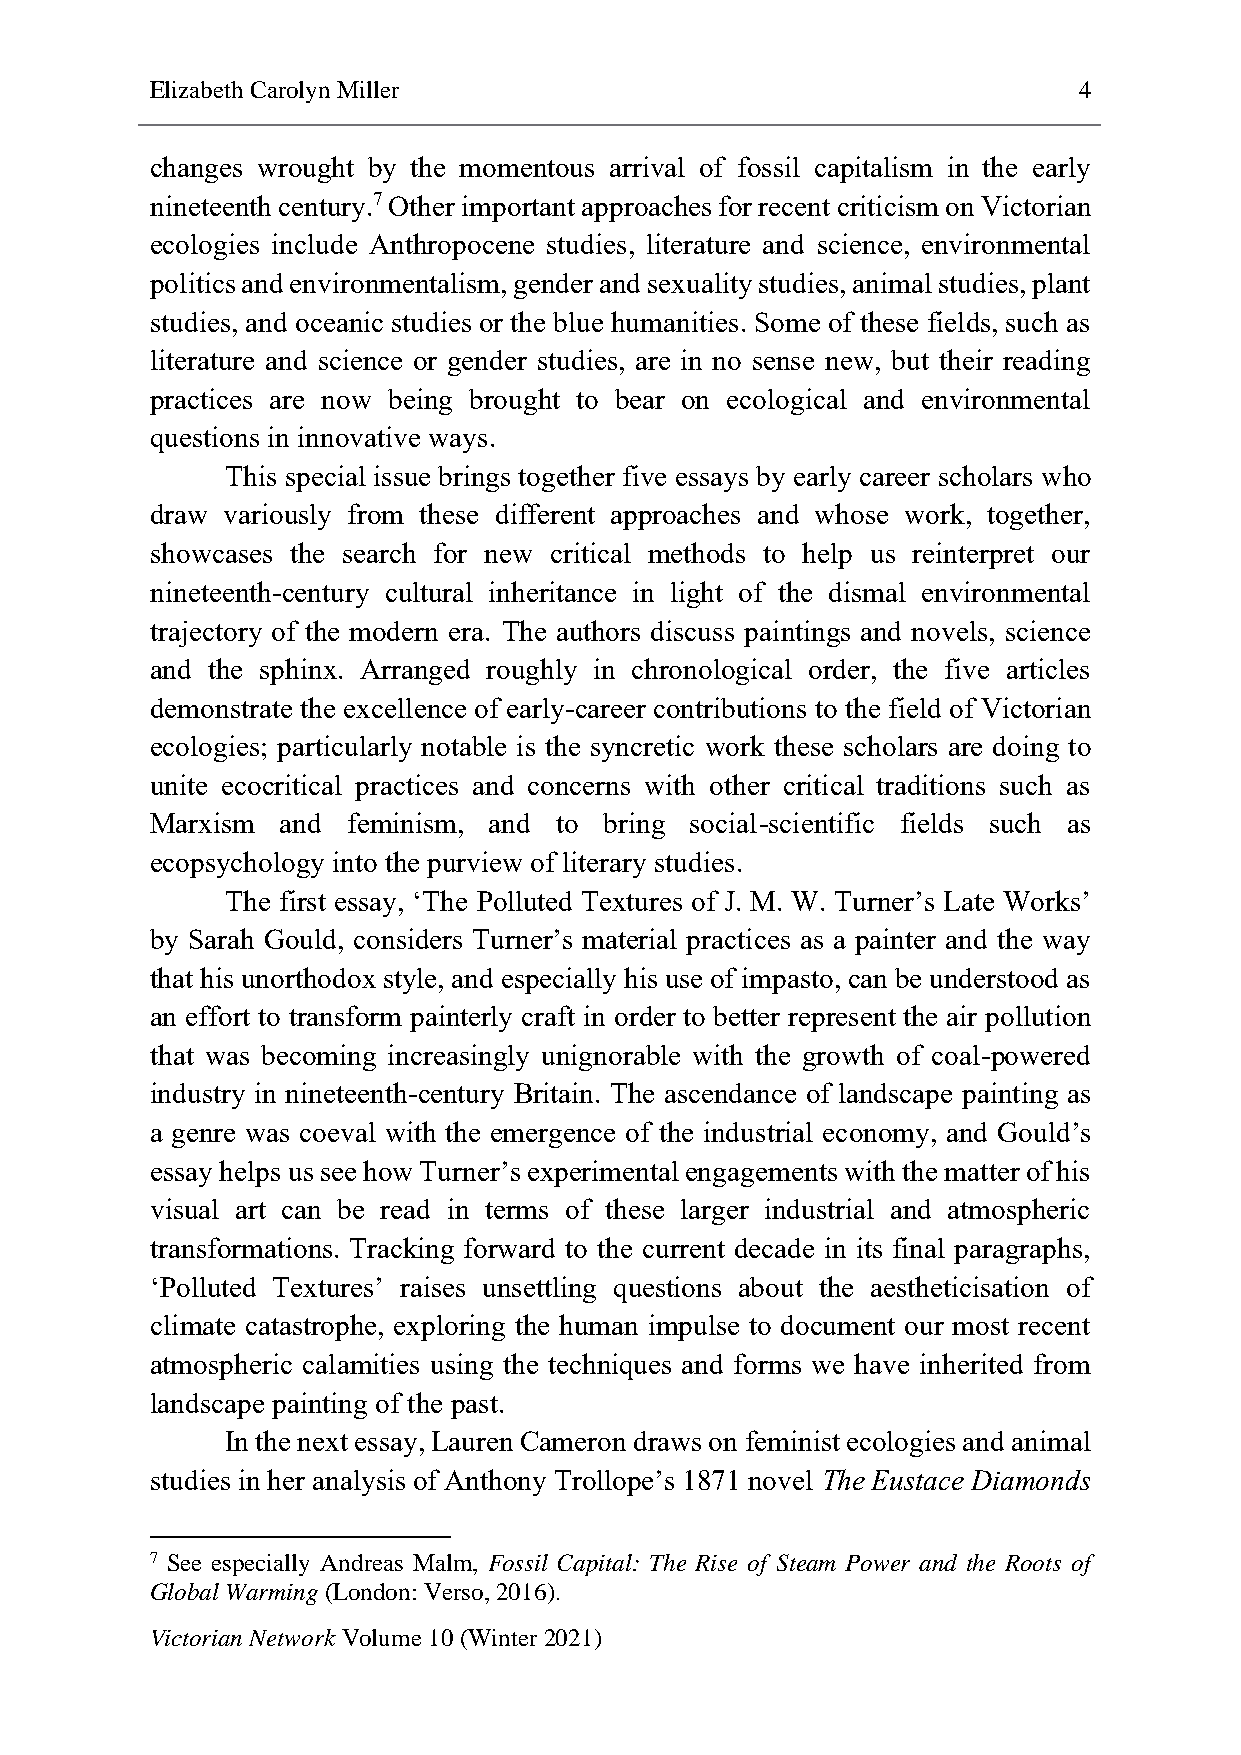
Elizabeth Carolyn Miller                                     4
 changes wrought by the momentous arrival of fossil capitalism in the early
 nineteenth century.7 Other important approaches for recent criticism on Victorian
 ecologies include Anthropocene studies, literature and science, environmental
 politics and environmentalism, gender and sexuality studies, animal studies, plant
 studies, and oceanic studies or the blue humanities. Some of these fields, such as
 literature and science or gender studies, are in no sense new, but their reading
 practices are now being brought to bear on ecological and environmental
 questions in innovative ways.
 This special issue brings together five essays by early career scholars who
 draw variously from these different approaches and whose work, together,
 showcases the search for new critical methods to help us reinterpret our
 nineteenth-century cultural inheritance in light of the dismal environmental
 trajectory of the modern era. The authors discuss paintings and novels, science
 and the sphinx. Arranged roughly in chronological order, the five articles
 demonstrate the excellence of early-career contributions to the field of Victorian
 ecologies; particularly notable is the syncretic work these scholars are doing to
 unite ecocritical practices and concerns with other critical traditions such as
 Marxism  and feminism, and to bring social-scientific fields such as
 ecopsychology into the purview of literary studies.
 The first essay, ‘The Polluted Textures of J. M. W. Turner’s Late Works’
 by Sarah Gould, considers Turner’s material practices as a painter and the way
 that his unorthodox style, and especially his use of impasto, can be understood as
 an effort to transform painterly craft in order to better represent the air pollution
 that was becoming increasingly unignorable with the growth of coal-powered
 industry in nineteenth-century Britain. The ascendance of landscape painting as
 a genre was coeval with the emergence of the industrial economy, and Gould’s
 essay helps us see how Turner’s experimental engagements with the matter of his
 visual art can be read in terms of these larger industrial and atmospheric
 transformations. Tracking forward to the current decade in its final paragraphs,
 ‘Polluted Textures’ raises unsettling questions about the aestheticisation of
 climate catastrophe, exploring the human impulse to document our most recent
 atmospheric calamities using the techniques and forms we have inherited from
 landscape painting of the past.
 In the next essay, Lauren Cameron draws on feminist ecologies and animal
 studies in her analysis of Anthony Trollope’s 1871 novel The Eustace Diamonds
 7 See especially Andreas Malm, Fossil Capital: The Rise of Steam Power and the Roots of
 Global Warming (London: Verso, 2016).
 Victorian Network Volume 10 (Winter 2021)